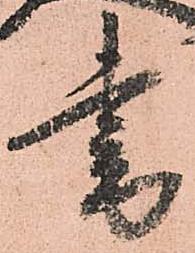
書